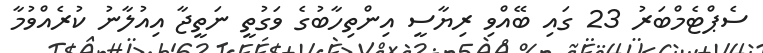
ސެޕްޓެމްބަރު 23 ގައި ބޭއްވި ރިޔާސީ އިންތިހާބުގެ ވަގުތީ ނަތީޖާ އިއުލާނު ކުރެއްވުމާ